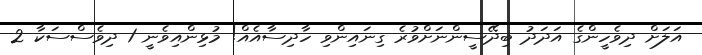
އަލަށް ދިވެހީންގެ އަދަދު ބިދޭސީންނަށްވުރެ ގިނައިންވި ހާދިސާއެއް! މުޅިންއިވެނީ 1 ދިވެސްސަކާ 2